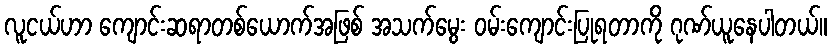
လူငယ်ဟာ ကျောင်းဆရာတစ်ယောက်အဖြစ် အသက်မွေး ဝမ်းကျောင်းပြုရတာကို ဂုဏ်ယူနေပါတယ်။